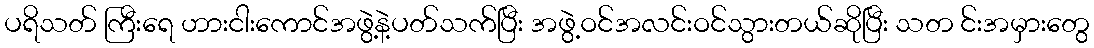
ပရိသတ် ကြီးရေ ဟားငါးကောင်အဖွဲ့နဲ့ပတ်သက်ပြီး အဖွဲ့ဝင်အလင်းဝင်သွားတယ်ဆိုပြီး သတ င်းအမှားတွေ